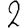
Digit: 2